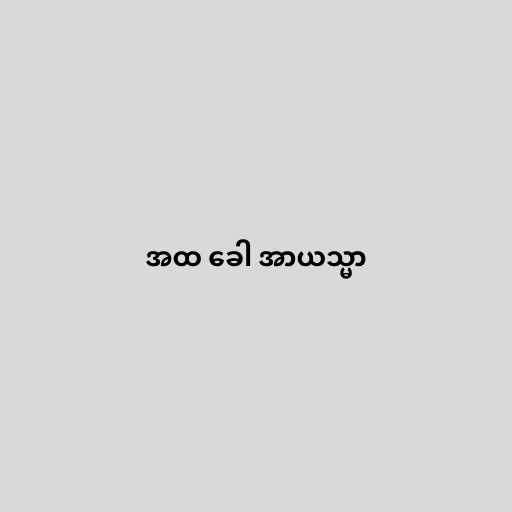
အထ ခေါ အာယသ္မာ